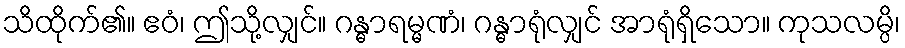
သိထိုက်၏။ ဧဝံ၊ ဤသို့လျှင်။ ဂန္ဓာရမ္မဏံ၊ ဂန္ဓာရုံလျှင် အာရုံရှိသော။ ကုသလမ္ပိ၊